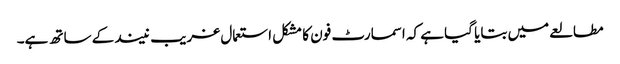
مطالعے میں بتایا گیا ہے کہ اسمارٹ فون کا مشکل استعمال غریب نیند کے ساتھ ہے۔